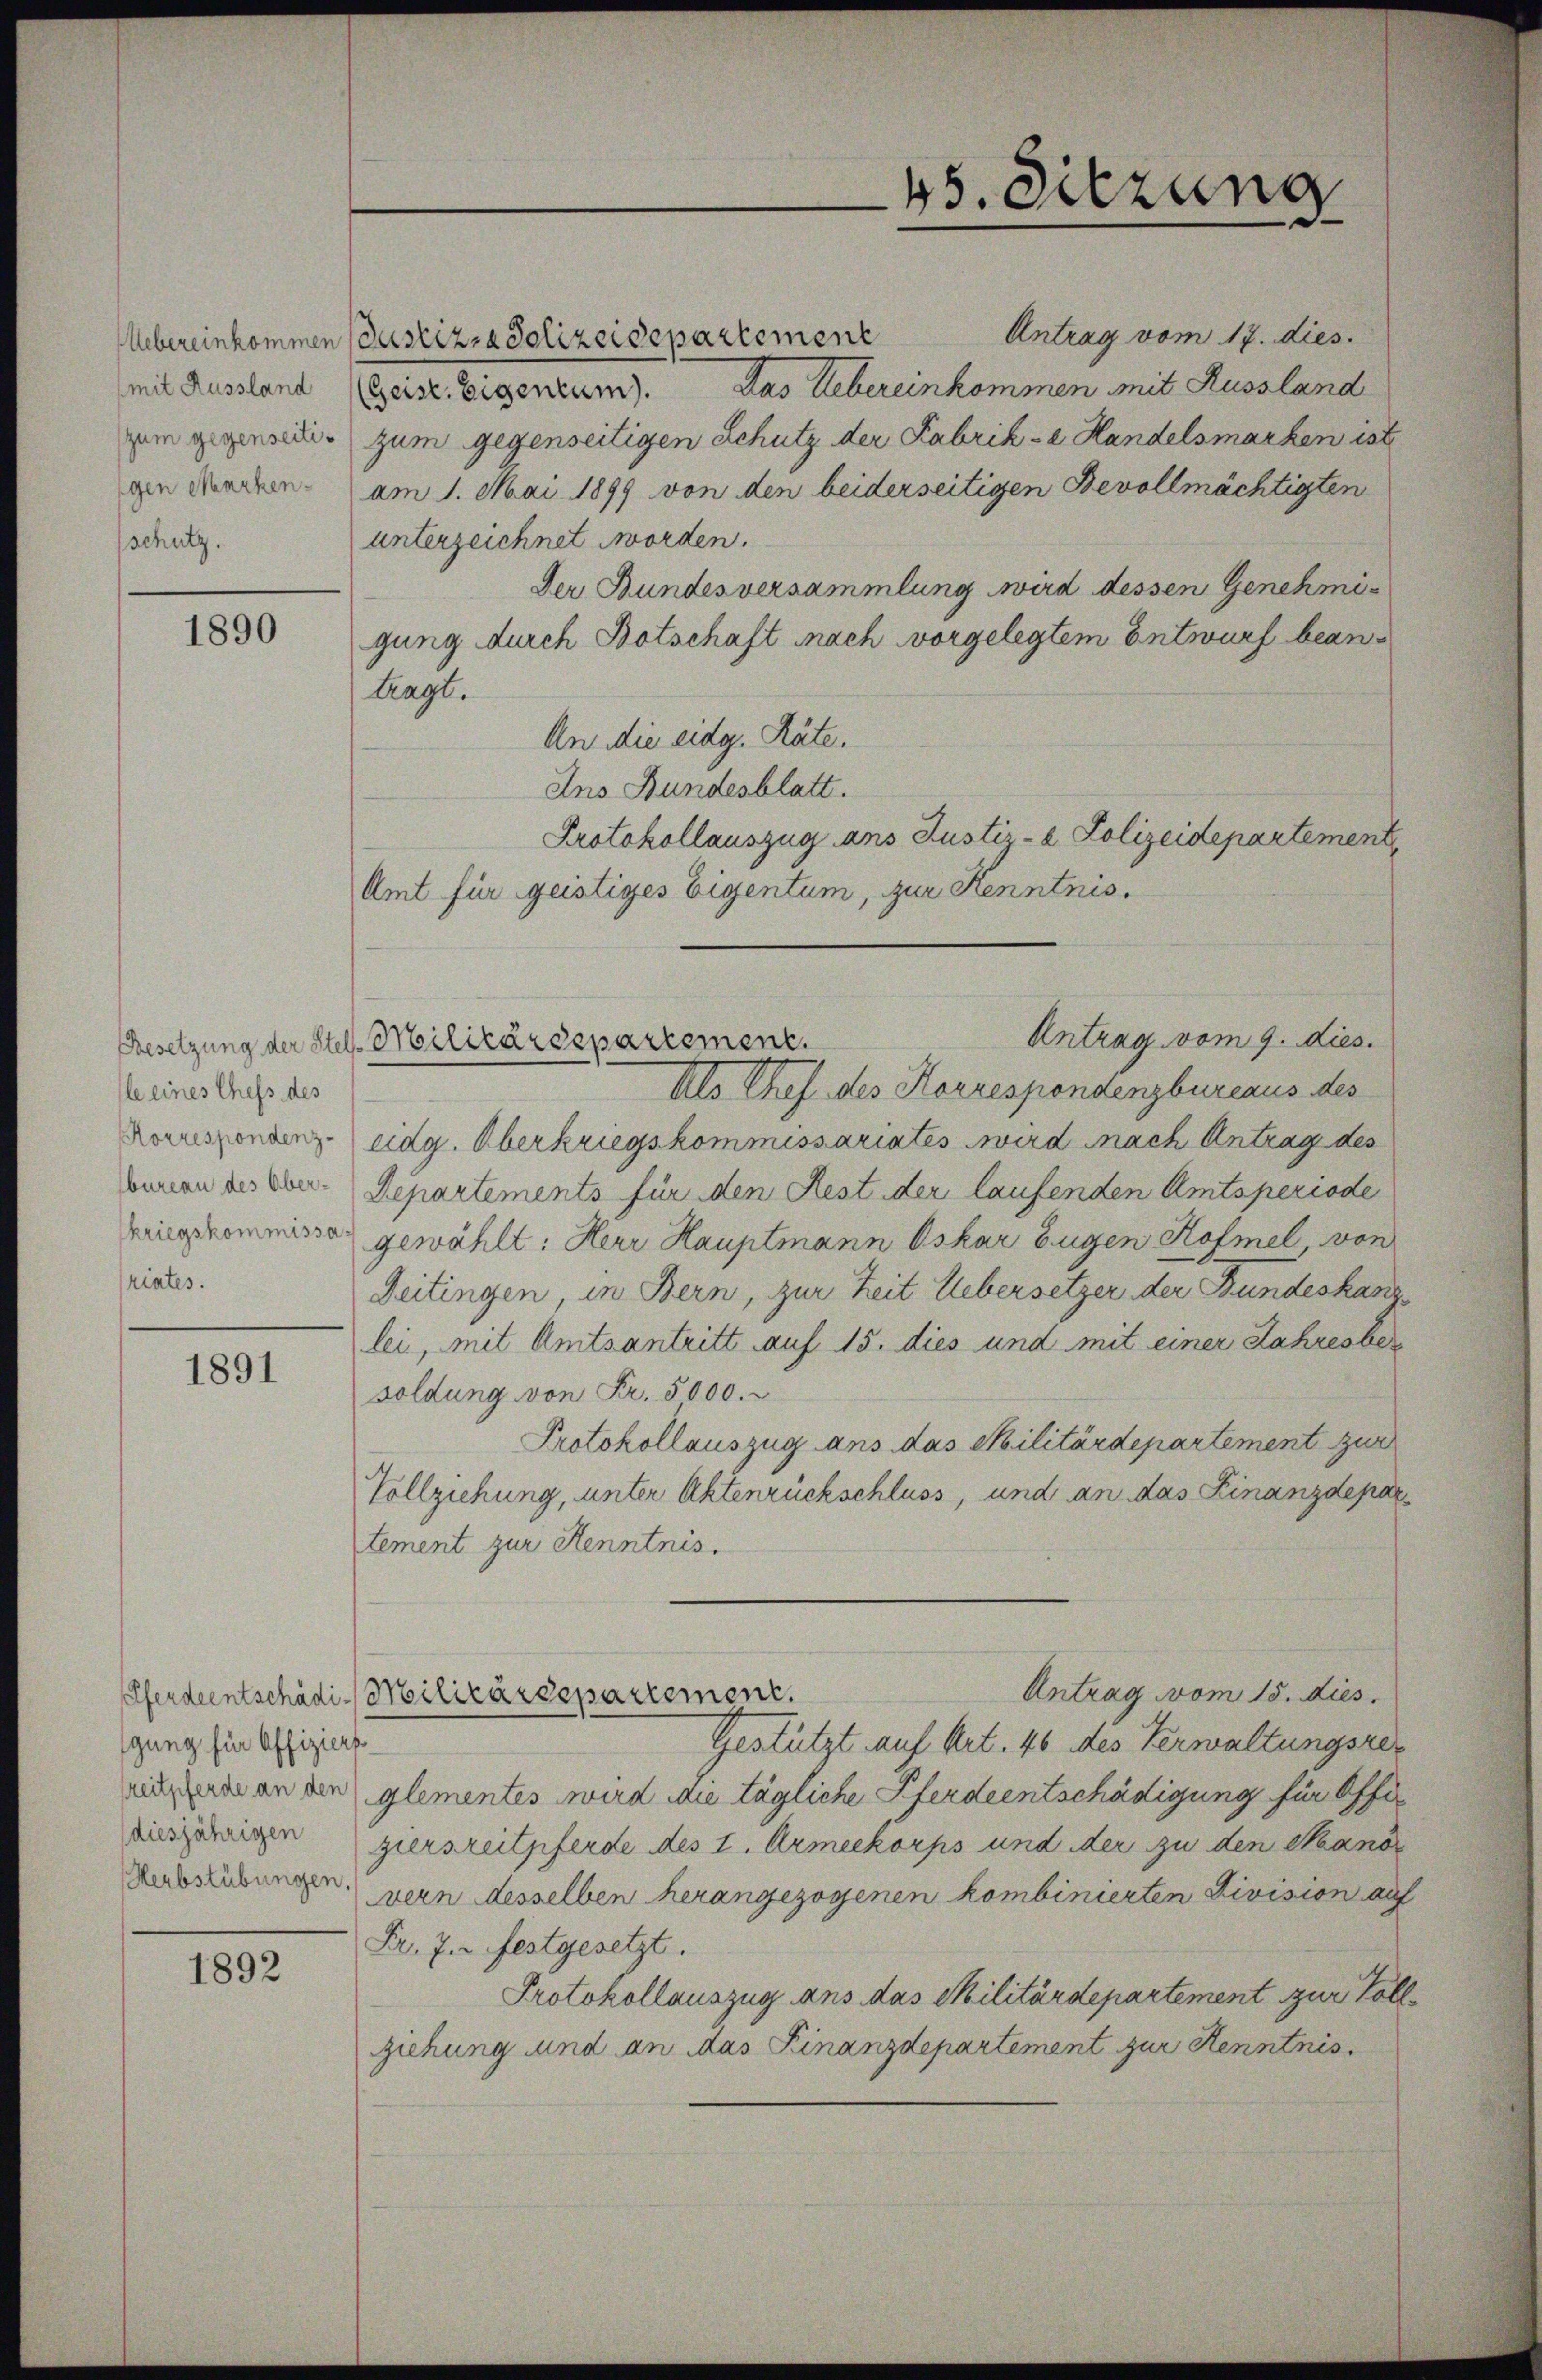
(mit Aussland
zum gegenseitigen Markenschutz.

1890

le eines Chefs des
riates.

1891

gung für Offiziers
diesjährigen

1892

Uebereinkommen Justiz- & Polizeidepartement

Antrag vom 17. dies.
Geise Eigentum). Das Uebereinkommen mit Russland
zum gegenseitigen Schutz der Fabrik- u. Handelsmarken ist
am 1. Mai 1899 von den beiderseitigen Bevollmächtigten
unterzeichnet worden.
Der Bundesversammlung wird dessen Genehmigung durch Botschaft nach vorgelegtem Entwurf beantragt.
An die eidg. Räte.
Ans Bundesblatt.
Protokollauszug ans Justiz- & Polizeidepartement
Amt für geistiges Eigentum, zur Kenntnis.
Antrag vom 9. dies.
Als Chef. des Horrespondenzbureaus des
Ronszendenz eidg. Oberkriegskommissariates wird nach Antrag des
bauen des kon-Departements für den Rest der laufenden Amtsperiode
kingekommisse gewählt: Herr Hauptmann Oskar Eugen Hofmel von
Deitingen, in Bern, zur Zeit Uebersetzer der Bundeskan
lei, mit Amtsantritt auf 15. dies und mit einer Jahresber
soldung von Fr. 5000.
Protokollauszug ans das Militärdepartement zur
Vollziehung, unter Aktenrückschluss, und an das Finanzdepa
tement zur Kenntnis.
Antrag vom 15. dies
Pferdientschädi-Militärdepartement.
Gestützt auf Art. 46 des Verwaltungsre
ningen an beglementes wird die tägliche Pferdeentschädigung für Offiziersreitpferde des I. Armeekorps und der zu den Kano¬
Aubsübungen vern desselben herangezogenen kombinierten Division aus
Fr. 7. festgesetzt.
Protokollauszug aus das Militärdepartement zur Pol
ziehung und an das Finanzdepartement zur Kenntnis

Besetzung der Stel-Militärdepartement.

45. Sitzung
e